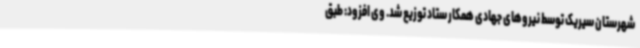
شهرستان سیریک توسط نیروهای جهادی همکار ستاد توزیع شد. وی افزود: طبق